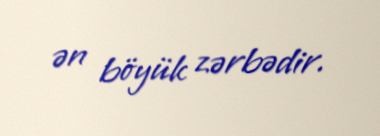
ən böyük zərbədir.